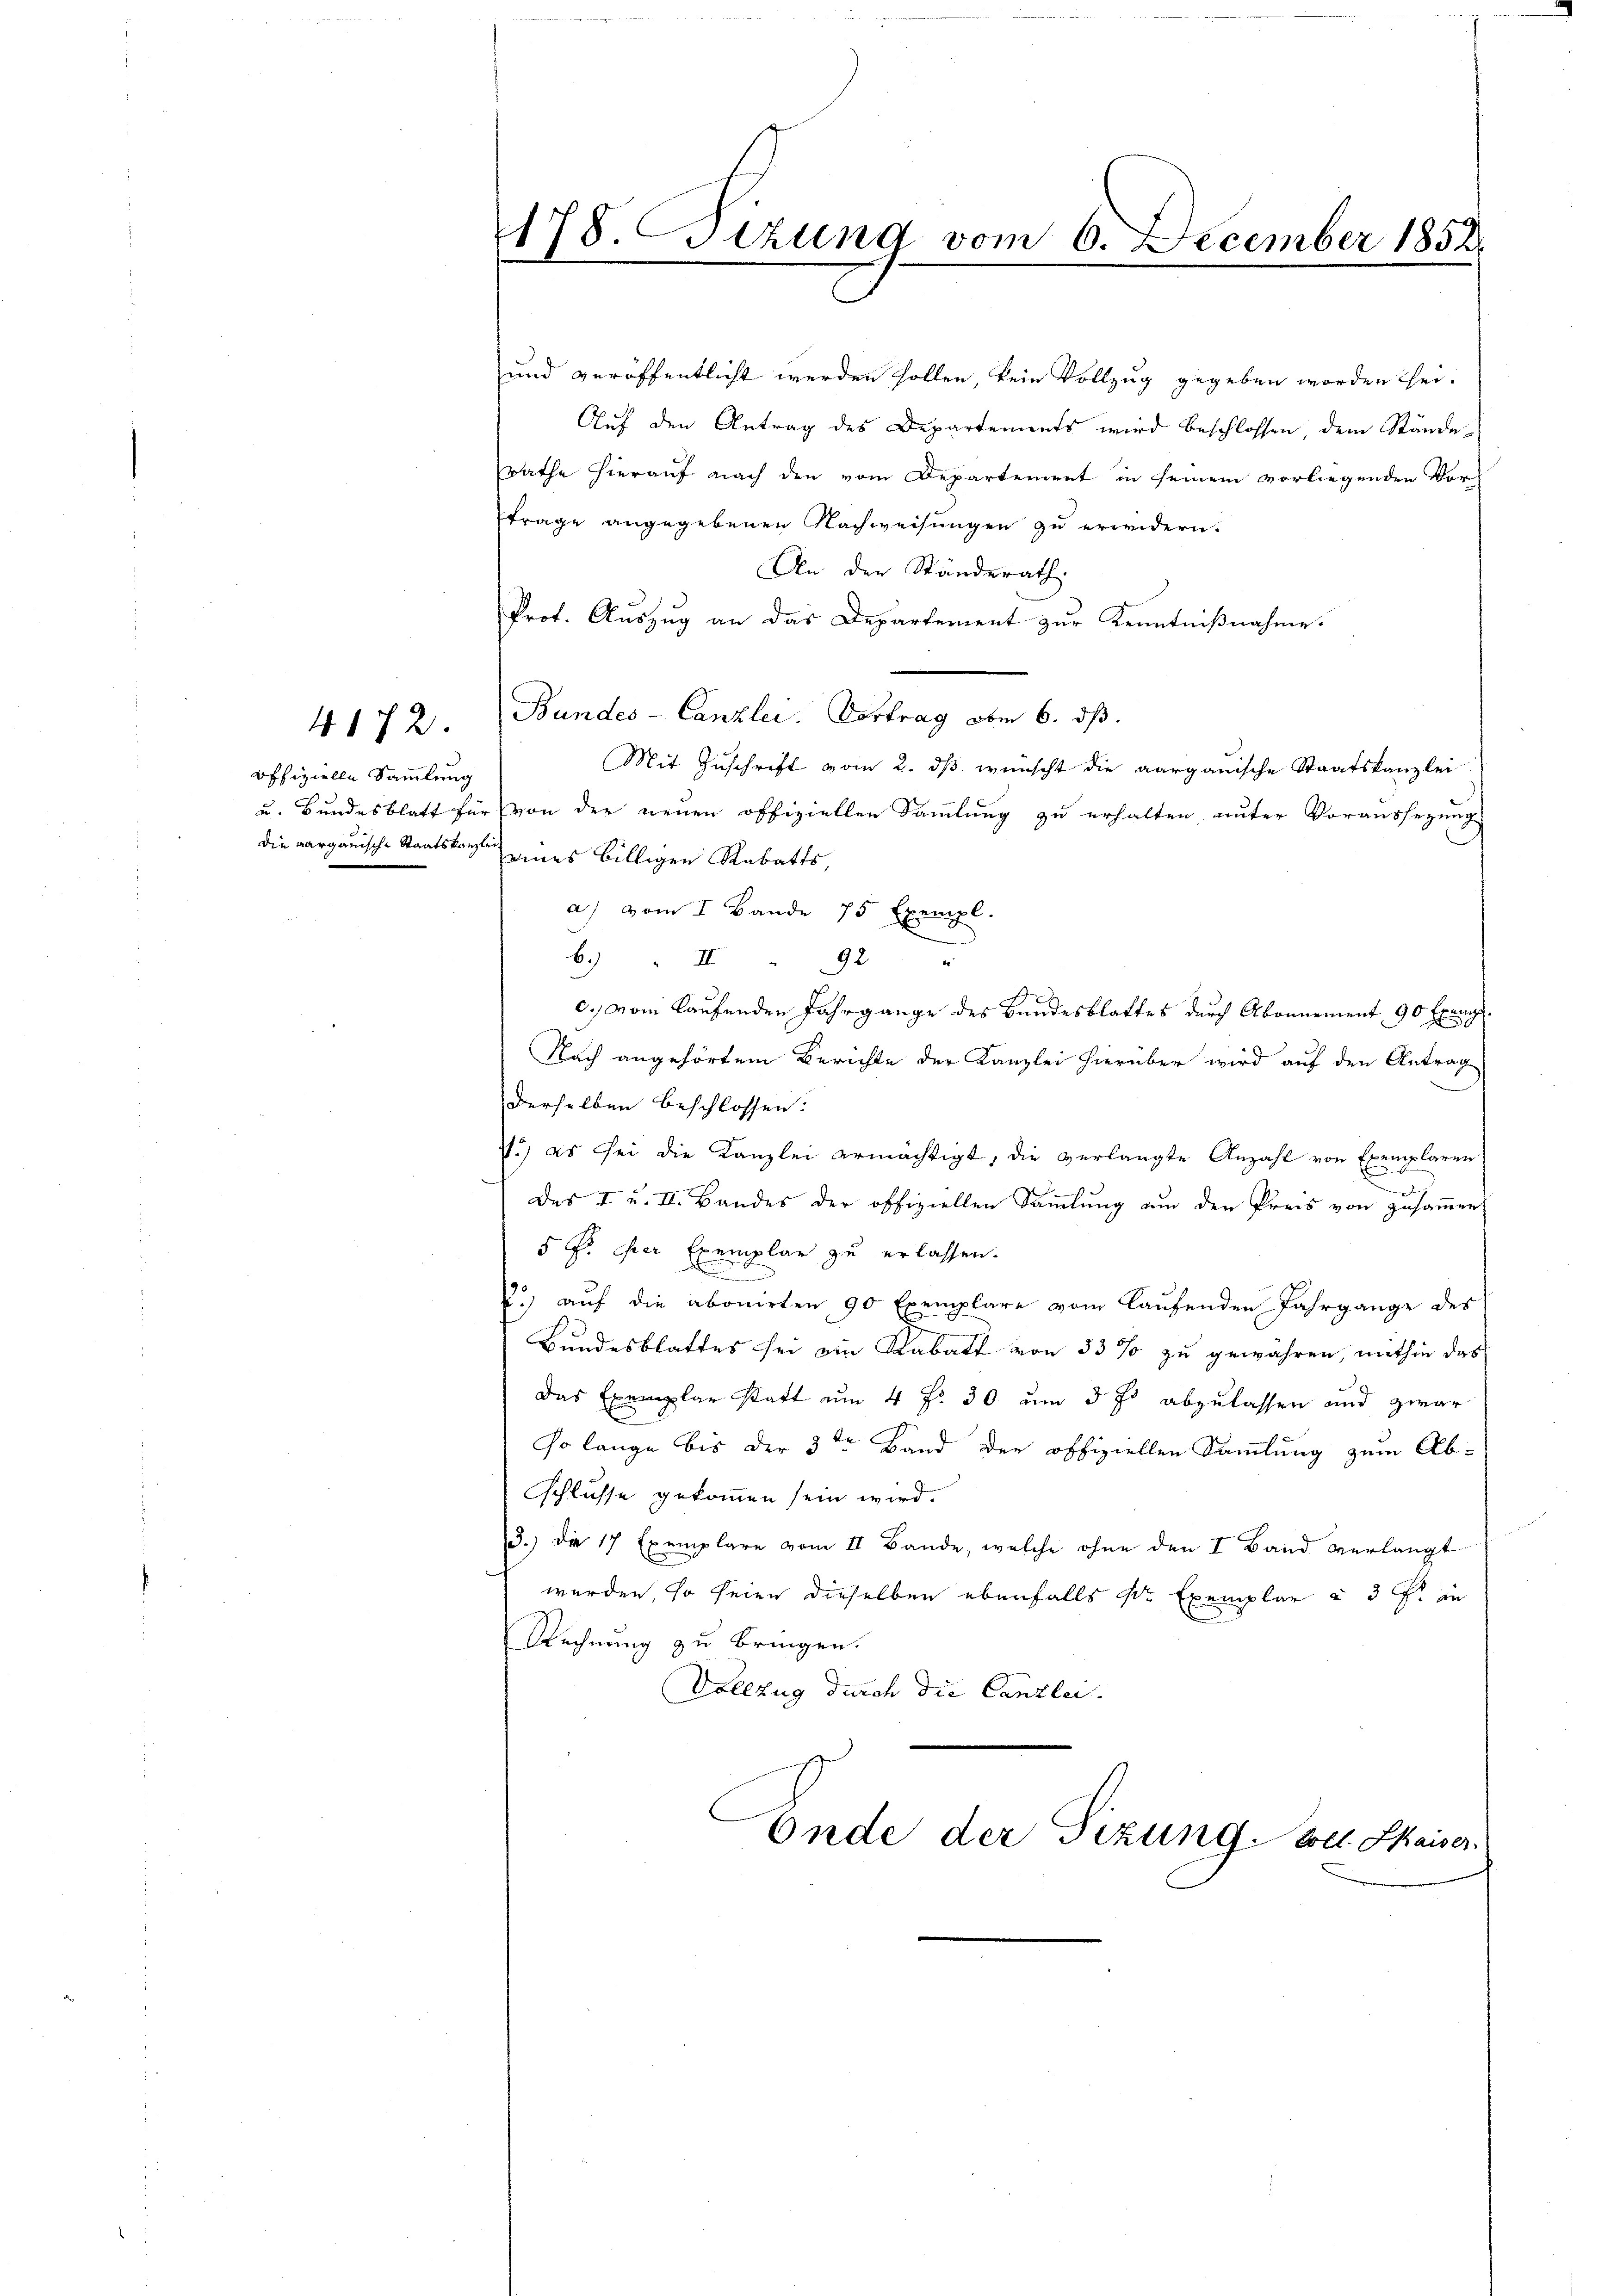
offizielle Sammlung

4172.

178. Sizung vom 6. December 1852.
t

und veröffentlicht werden sollen, kein Vollzug gegeben worden sei.
Auf den Antrag des Departements wird beschlossen, dem Stände-
rathe hierauf nach den vom Departement in seinem vorliegenden Vortrage angegebenen Nachweisungen zu erwidern.
An der Standerath
Prot. Auszug an das Departement zur Kenntnißnahme.
Bundes-Canzlei- Vortrag vom 6. ds.
Mit Zuschrift vom 2. dβ. wünscht die aargauische Staatskanzlei
u. Bundesblatt für von der neuen offiziellen Sammlung zu erhalten unter Voraussetzung
die aargauische Staatskanzli eines billigen Rabatts
a) vom I Bande 75 Exempl.
2
b. " " 92
.
c. vom laufenden Jahrgange des Bundesblattes durch Abonnement 90 Exemp
Nach angehörtem Berichte der Kanzlei hierüber wird auf den Antrag
derselben beschlossen:
7.) es sei die Kanzlei ermächtigt, die verlangte Anzahl von Exemplaren
2
des I u. II. Bandes der offiziellen Sammlung an den Preis von zusammen
5 Fr. Der Exemplar zu erlassen.
E
R.) auf die abonirten 90 Exemplare vom laufenden Jahrgange des
Bundesblattes sei ein Kabatt von 33 % zu gewähren, mithin das
Das Exemplar statt an 4 Fr. 30. um 3 f abzulassen und zwar
E
so lange bis der 3ten Band der offiziellen Sammlung zum Abschlusse gekommen sein wird.
3.) Die 17 Exemplare vom II. Bande, welche ohne den I Band verlangt
werden, so seien dieselben ebenfalls Sr Exemplar u 3 fr in
Rechnung zu bringen.
Vollzug durch die Canzlei.
Ende der Sizung soll. Kaiser